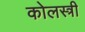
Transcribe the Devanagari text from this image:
कोलस्त्री